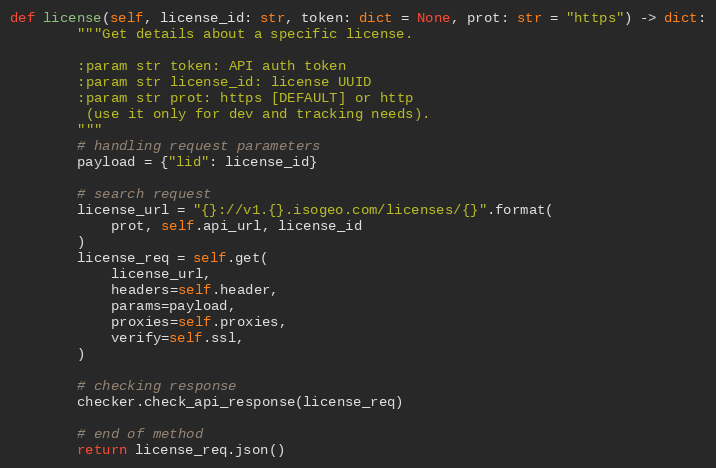
Language: Python
def license(self, license_id: str, token: dict = None, prot: str = "https") -> dict:
        """Get details about a specific license.

        :param str token: API auth token
        :param str license_id: license UUID
        :param str prot: https [DEFAULT] or http
         (use it only for dev and tracking needs).
        """
        # handling request parameters
        payload = {"lid": license_id}

        # search request
        license_url = "{}://v1.{}.isogeo.com/licenses/{}".format(
            prot, self.api_url, license_id
        )
        license_req = self.get(
            license_url,
            headers=self.header,
            params=payload,
            proxies=self.proxies,
            verify=self.ssl,
        )

        # checking response
        checker.check_api_response(license_req)

        # end of method
        return license_req.json()